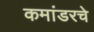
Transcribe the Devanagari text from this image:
कमांडरचे